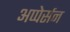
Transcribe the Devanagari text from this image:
अप्पेर्सन